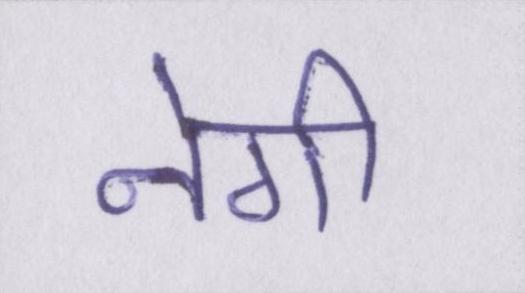
नेगी